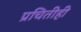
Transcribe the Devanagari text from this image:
प्रचितीही